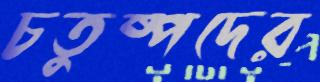
চতুষ্পদের